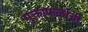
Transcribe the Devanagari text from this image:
मुक्ताफळांची